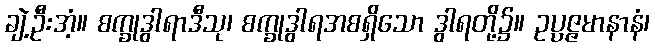
ချဲ့ဦးအံ့။ စက္ခုဒွါရာဒီသု၊ စက္ခုဒွါရအစရှိသော ဒွါရတို့၌။ ဥပ္ပဇ္ဇမာနာနံ၊